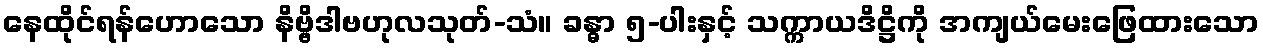
နေထိုင်ရန်ဟောသော နိဗ္ဗိဒါဗဟုလသုတ်-သံ။ ခန္ဓာ ၅-ပါးနှင့် သက္ကာယဒိဋ္ဌိကို အကျယ်မေးဖြေထားသော